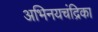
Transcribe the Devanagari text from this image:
अभिनयचंद्रिका